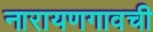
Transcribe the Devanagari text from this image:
नारायणगावची